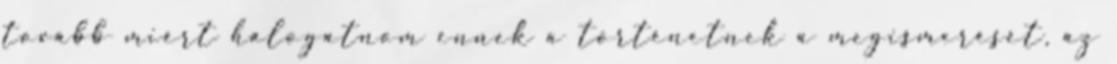
tovább miért halogatnom ennek a történetnek a megismerését, az